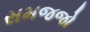
સમજજો